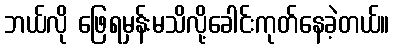
ဘယ်လို ဖြေရမှန်းမသိလို့ခေါင်းကုတ်နေခဲ့တယ်။